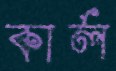
কার্ল